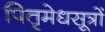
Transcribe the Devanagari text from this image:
पितृमेधसूत्रों